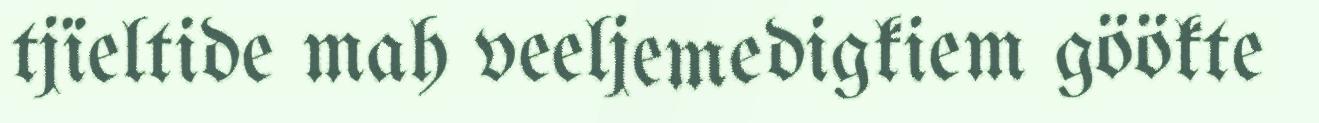
tjïeltide mah veeljemedigkiem göökte